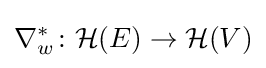
\nabla _{w}^{*}\colon {\mathcal {H}}(E)\rightarrow {\mathcal {H}}(V)